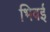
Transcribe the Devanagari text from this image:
भिवई